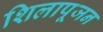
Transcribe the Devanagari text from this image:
शिलापूजन